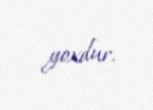
yoxdur.